Annual report of the Punjab Veterinary College and of the Civil Veterinary Department, Punjab - 1920-1925
Year: 1920
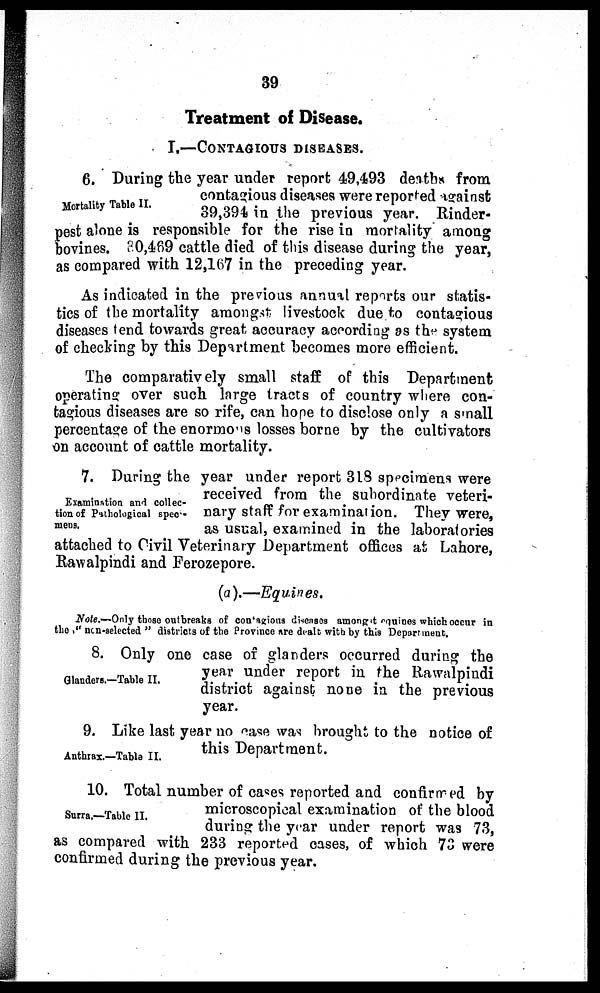
39
Treatment of Disease.
I.—CONTAGIOUS DISEASES.
Mortality Table II.
6. During the year under report 49,493 deaths from
contagious diseases were reported against
39,394 in the previous year. Rinder-
pest alone is responsible for the rise in mortality among
bovines. 30,469 cattle died of this disease during the year,
as compared with 12,167 in the preceding year.
As indicated in the previous annual reports our statis-
tics of the mortality amongst livestock due to contagious
diseases tend towards great accuracy according as the system
of checking by this Department becomes more efficient.
The comparatively small staff of this Department
operating over such large tracts of country where con-
tagious diseases are so rife, can hope to disclose only a small
percentage of the enormous losses borne by the cultivators
on account of cattle mortality.
Examination and collec-
tion of Pathological spec-
mens.
7. During the year under report 318 specimens were
received from the subordinate veteri-
nary staff for examination. They were,
as usual, examined in the laboratories
attached to Civil Veterinary Department offices at Lahore,
Rawalpindi and Ferozepore.
(a).—Equines.
Note.—Only those outbreaks of con'agious diseases amongst equines which occur in
the "non-selected" districts of the Province are dealt with by this Department.
Glanders.—Table II.
8. Only one case of glanders occurred during the
year under report in the Rawalpindi
district against none in the previous
year.
Anthrax.—Table II.
9. Like last year no case was brought to the notice of
this Department.
Surra.—Table II.
10. Total number of cases reported and confirmed by
microscopical examination of the blood
during the year under report was 73,
as compared with 233 reported cases, of which 73 were
confirmed during the previous year.